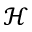
\mathcal { H }